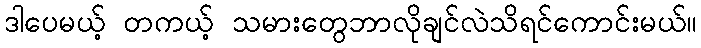
ဒါပေမယ့် တကယ့် သမားတွေဘာလိုချင်လဲသိရင်ကောင်းမယ်။